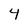
Character: 4